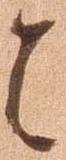
者